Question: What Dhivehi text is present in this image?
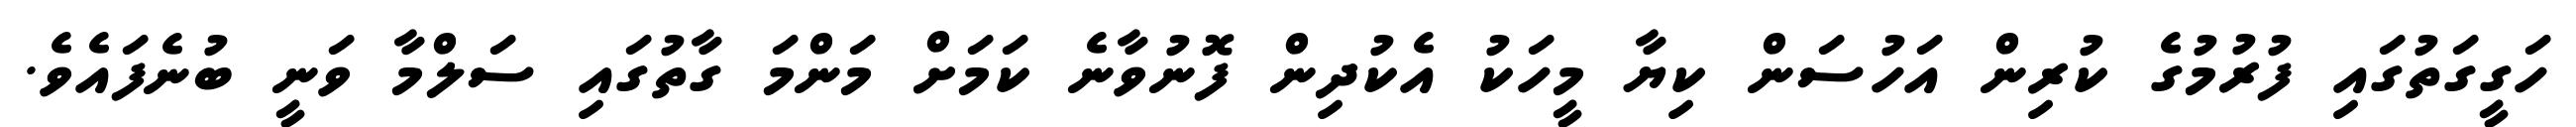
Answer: ހަގީގަތުގައި ފުރުމުގެ ކުރިން އަހުސަން ކިޔާ މީހަކު އެކުދިން ފޮނުވާނެ ކަމަށް މަންމަ ގާތުގައި ސަލްމާ ވަނީ ބުނެފައެވެ.